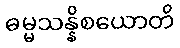
ဓမ္မသန္နိစယောတိ